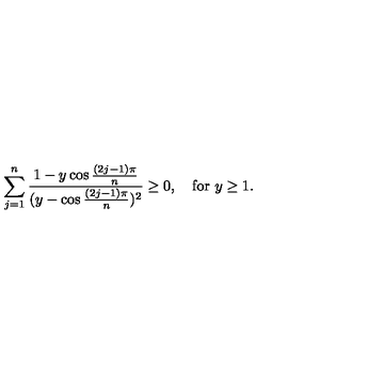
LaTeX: \sum _ { j = 1 } ^ { n } { \frac { 1 - y \cos { \frac { ( 2 j - 1 ) \pi } { n } } } { ( y - \cos { \frac { ( 2 j - 1 ) \pi } { n } } ) ^ { 2 } } } \geq 0 , \quad \mathrm { f o r } \ y \geq 1 .